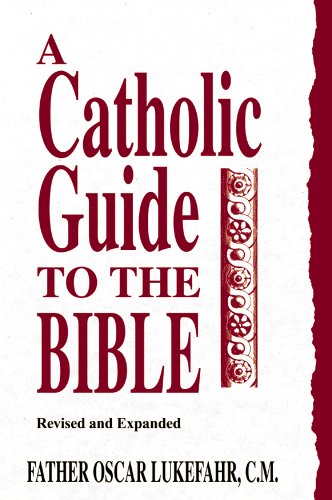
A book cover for A Catholic Guide to the Bible Workbook, Revised; Father Oscar Lukefahr CM; Christian Books & Bibles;